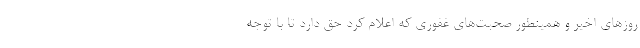
روزهای اخیر و همینطور صحبت‌های غفوری که اعلام کرد حق دارد تا با توجه